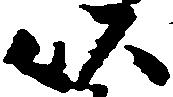
以